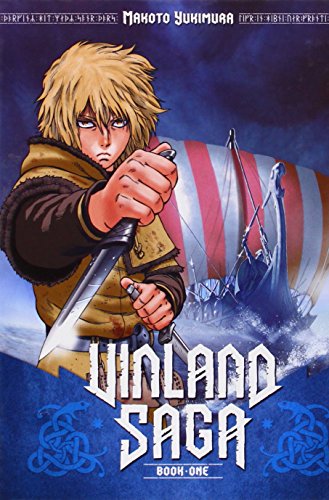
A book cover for Vinland Saga 1; Makoto Yukimura; Comics & Graphic Novels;